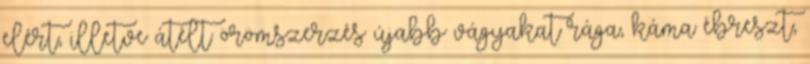
elért, illetve átélt örömszerzés újabb vágyakat rága, káma ébreszt,